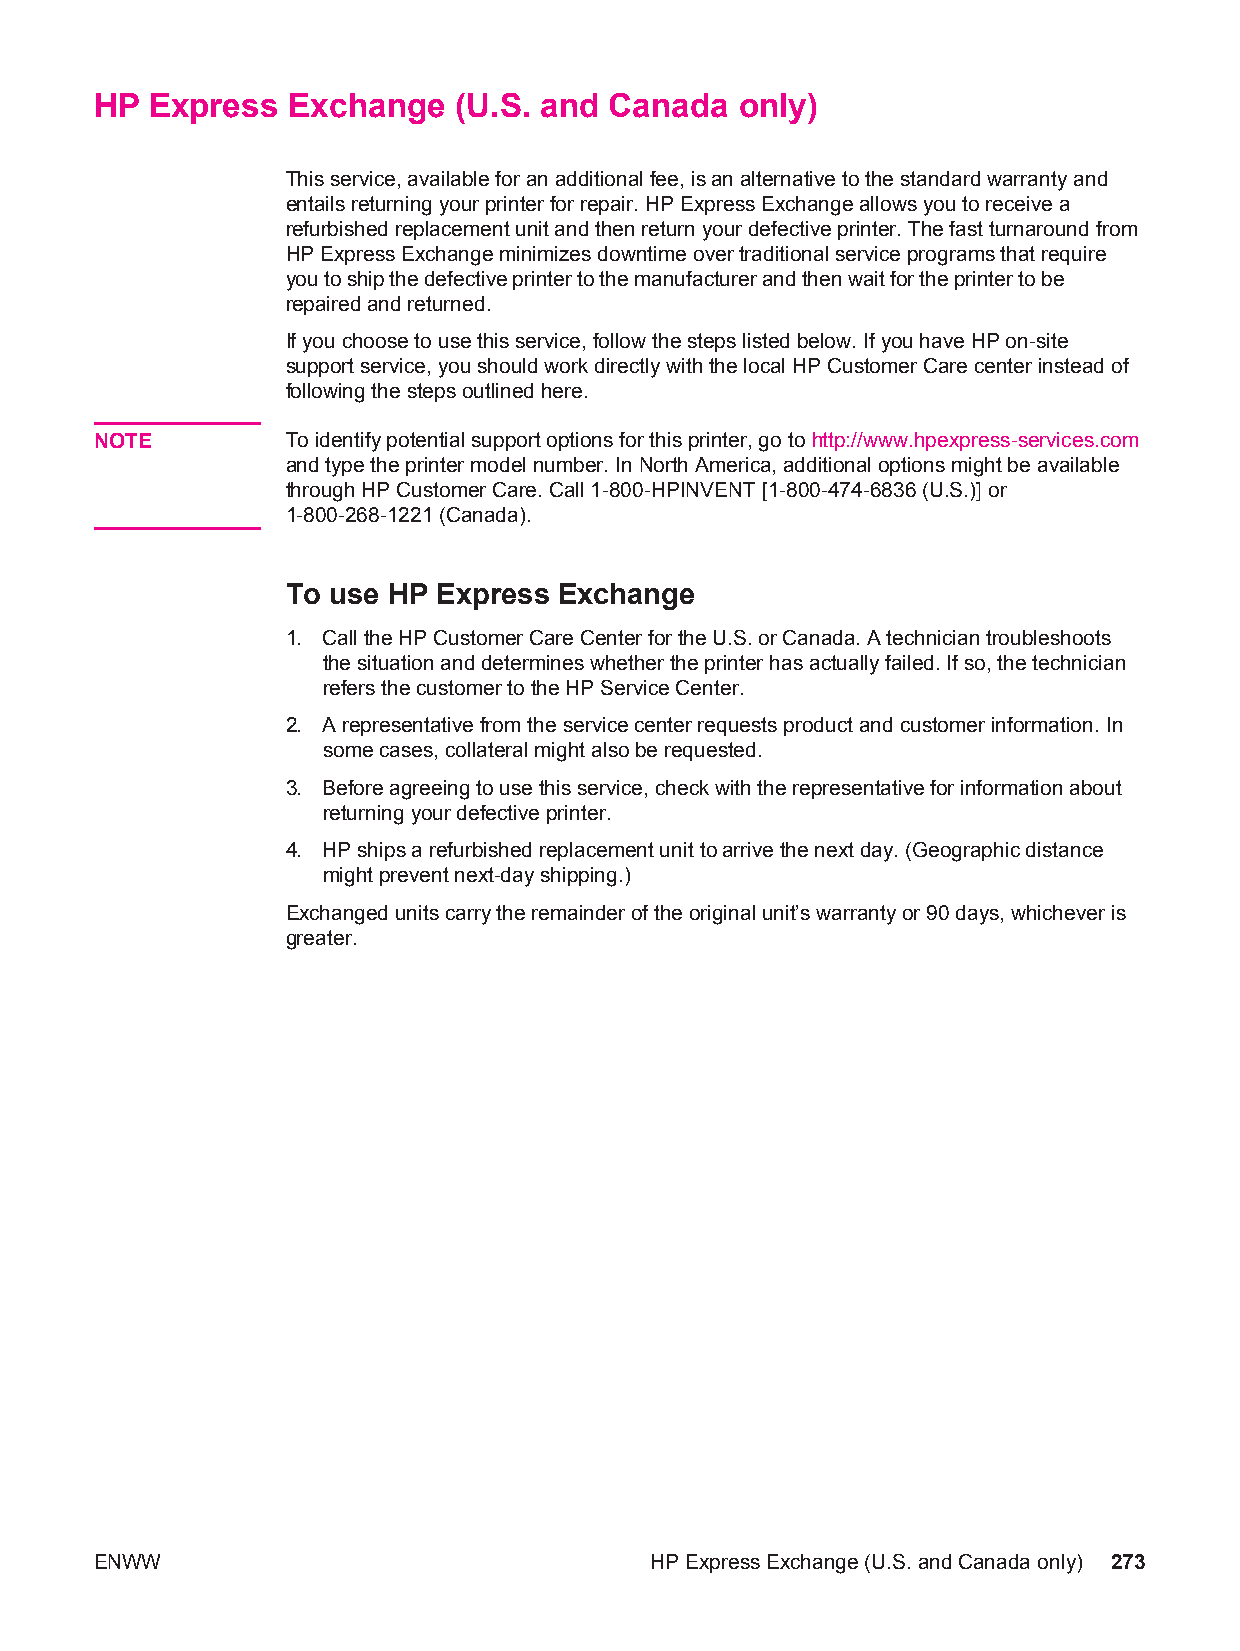
HP  Express  Exchange   (U.S. and Canada   only)
 This service, available for an additional fee, is an alternative to the standard warranty and
 entails returning your printer for repair. HP Express Exchange allows you to receive a
 refurbished replacement unit and then return your defective printer. The fast turnaround from
 HP Express Exchange minimizes downtime over traditional service programs that require
 you to ship the defective printer to the manufacturer and then wait for the printer to be
 repaired and returned.
 If you choose to use this service, follow the steps listed below. If you have HP on-site
 support service, you should work directly with the local HP Customer Care center instead of
 following the steps outlined here.
 NOTE         To identify potential support options for this printer, go to http://www.hpexpress-services.com
 and type the printer model number. In North America, additional options might be available
 through HP Customer Care. Call 1-800-HPINVENT [1-800-474-6836 (U.S.)] or
 1-800-268-1221 (Canada).
 To use HP Express Exchange
 1. Call the HP Customer Care Center for the U.S. or Canada. A technician troubleshoots
 the situation and determines whether the printer has actually failed. If so, the technician
 refers the customer to the HP Service Center.
 2. A representative from the service center requests product and customer information. In
 some cases, collateral might also be requested.
 3. Before agreeing to use this service, check with the representative for information about
 returning your defective printer.
 4. HP ships a refurbished replacement unit to arrive the next day. (Geographic distance
 might prevent next-day shipping.)
 Exchanged units carry the remainder of the original unit’s warranty or 90 days, whichever is
 greater.
 ENWW                                 HP Express Exchange (U.S. and Canada only) 273